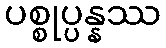
ပစ္စုပ္ပန္နဿ